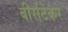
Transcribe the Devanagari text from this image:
बीर्सटेकर